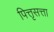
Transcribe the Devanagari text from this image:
पित्तृसत्ता